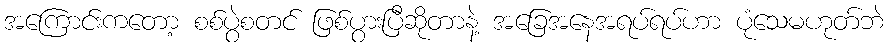
အကြောင်းကတော့ စစ်ပွဲစတင် ဖြစ်ပွားပြီဆိုတာနဲ့ အခြေအနေအရပ်ရပ်ဟာ ပုံသေမဟုတ်ဘဲ